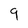
Character: 9